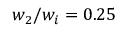
w _ { 2 } / w _ { i } = 0 . 2 5